Lunatic asylums Central Provinces reports 1886-1894 - 1886-1894
Year: 1886
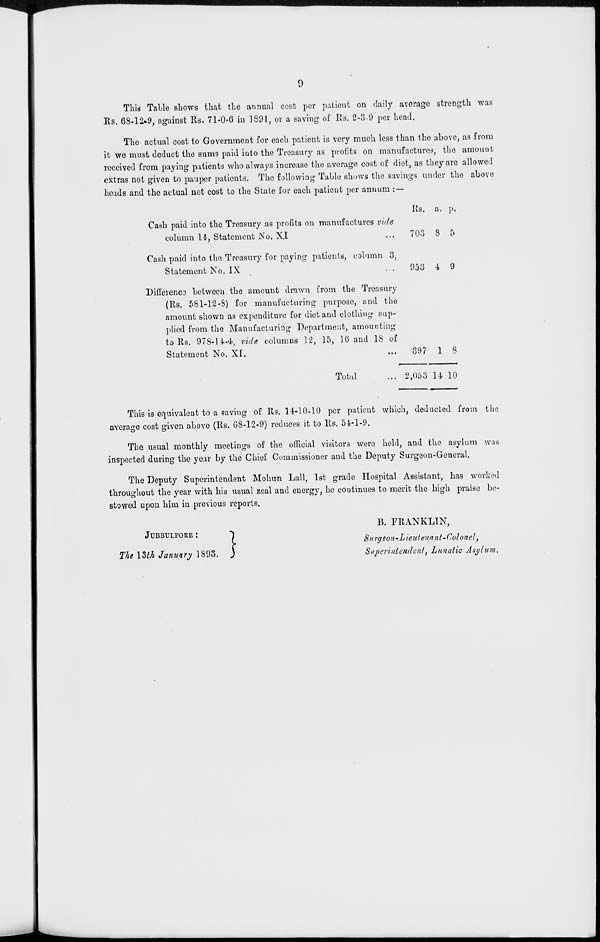
9
This Table shows that the annual cost per patient on daily average strength was
Rs. 68-12-9, against Rs. 71-0-6 in 1891, or a saving of Rs. 2-3-9 per head.
The actual cost to Government for each patient is very much less than the above, as from
it we must deduct the sums paid into the Treasury as profits on manufactures, the amount
received from paying patients who always increase the average cost of diet, as they are allowed
extras not given to pauper patients. The following Table shows the savings under the above
heads and the actual net cost to the State for each patient per annum : —
Cash paid into the Treasury as profits on manufactures vide
column 14, Statement No. XI ...
Cash paid into the Treasury for paying patients, column 3,
Statement No. IX ...
Difference between the amount drawn from the Treasury
(Rs. 581-12-8) for manufacturing purpose, and the
amount shown as expenditure for diet and clothing sup-
plied from the Manufacturing Department, amounting
to Rs. 978-14-4, vide columns 12, 15, 16 and 18 of
Statement No. XI. ...
Total ...
Rs.
703
953
397
2,053
a.
8
4
1
14
p.
5
9
8
10
This is equivalent to a saving of Rs. 14-10-10 per patient which, deducted from the
average cost given above (Rs. 68-12-9) reduces it to Rs. 54-1-9.
The usual monthly meetings of the official visitors were held, and the asylum was
inspected during the year by the Chief Commissioner and the Deputy Surgeon-General.
The Deputy Superintendent Mohun Lall, 1st grade Hospital Assistant, has worked
throughout the year with his usual zeal and energy, he continues to merit the high praise be-
stowed upon him in previous reports.
JUBBULPORE :
The 13th January 1893.
B. FRANKLIN,
Surgeon-Lieutenant-Colonel,
Superintendent, Lunatic Asylum.